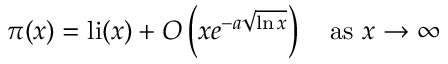
\pi ( x ) = \operatorname { l i } ( x ) + O \left( x e ^ { - a { \sqrt { \ln x } } } \right) \quad { \mathrm { a s ~ } } x \to \infty